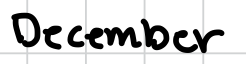
Text: December
Cross-out: clean
Writing tool: digital_black